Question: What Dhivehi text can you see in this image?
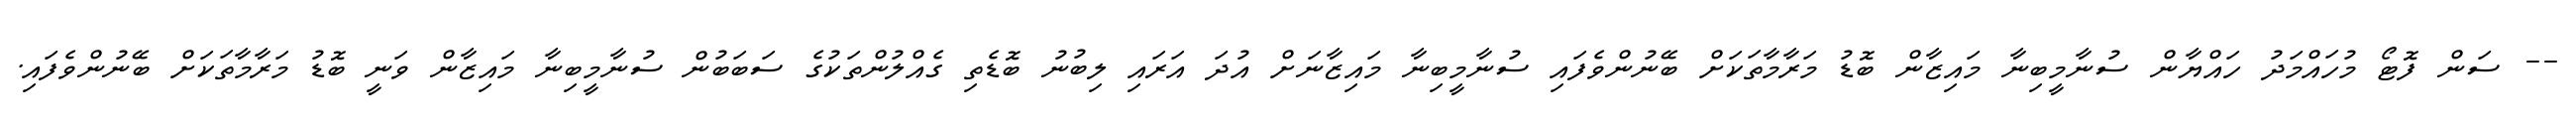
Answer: -- ސަން ފޮޓޯ މުހައްމަދު ހައްޔާން ސުނާމީބިނާ މައިޒާން ބޮޑު މަރާމާތަކަށް ބޭނުންވެފައި ސުނާމީބިނާ މައިޒާނަށް އުދަ އަރައި ލިބުނު ބޮޑެތި ގެއްލުންތަކުގެ ސަބަބުން ސުނާމީބިނާ މައިޒާން ވަނީ ބޮޑު މަރާމާތަކަށް ބޭނުންވެފައި.